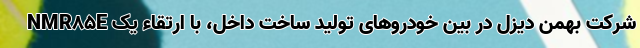
NMR85E شرکت بهمن دیزل در بین خودروهای تولید ساخت داخل، با ارتقاء یک